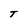
Character: T